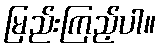
မြည်းကြည့်ပါ။